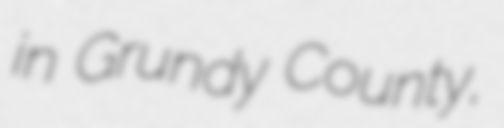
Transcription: in Grundy County,